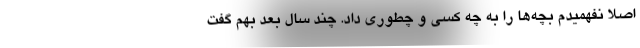
اصلاً نفهمیدم بچه‌ها را به چه کسی و چطوری داد. چند سال بعد بهم گفت